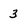
Character: 3